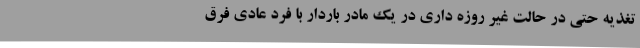
تغذیه حتی در حالت غیر روزه داری در یک مادر باردار با فرد عادی فرق